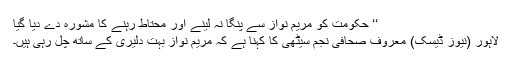
‘‘ حکومت کو مریم نواز سے پنگا نہ لینے اور محتاط رہنے کا مشورہ دے دیا گیا
لاہور (نیوز ڈیسک) معروف صحافی نجم سیٹھی کا کہنا ہے کہ مریم نواز بہت دلیری کے ساتھ چل رہی ہیں۔